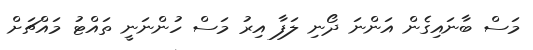
މަސް ބާނައިގެން އަންނަ ދޯނި ލަފާ އިރު މަސް ހުންނަނީ ތައްޓު މައްޗަށް